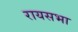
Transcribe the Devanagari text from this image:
रायसभा